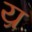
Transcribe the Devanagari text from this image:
य्र